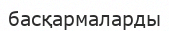
басқармаларды